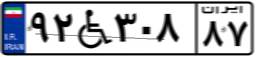
۹۲W۳۰۸۸۷